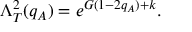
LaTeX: \Lambda _ { T } ^ { 2 } ( q _ { A } ) = e ^ { G ( 1 - 2 q _ { A } ) + k } .